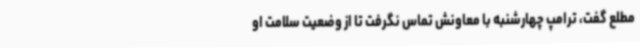
مطلع گفت، ترامپ چهارشنبه با معاونش تماس نگرفت تا از وضعیت سلامت او